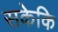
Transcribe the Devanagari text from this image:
सकेकि